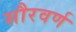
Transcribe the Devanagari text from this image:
सौरवर्ण